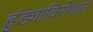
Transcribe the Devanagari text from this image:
हुंड्याविरोधात